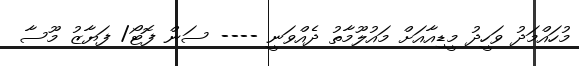
މުހައްމަދު ވަހީދު މީޑިއާއަށް މައުލޫމާތު ދެއްވަނީ ---- ސަން ފޮޓޯ/ ފަޔާޒު މޫސާ